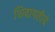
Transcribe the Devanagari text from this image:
शिवापतीचे